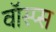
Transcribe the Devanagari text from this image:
वॉस्प्स